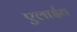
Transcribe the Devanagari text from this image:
एलाईव